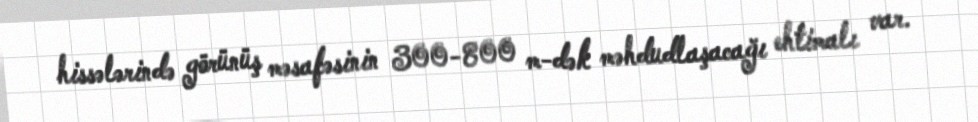
hissələrində görünüş məsafəsinin 300-800 m-dək məhdudlaşacağı ehtimalı var.